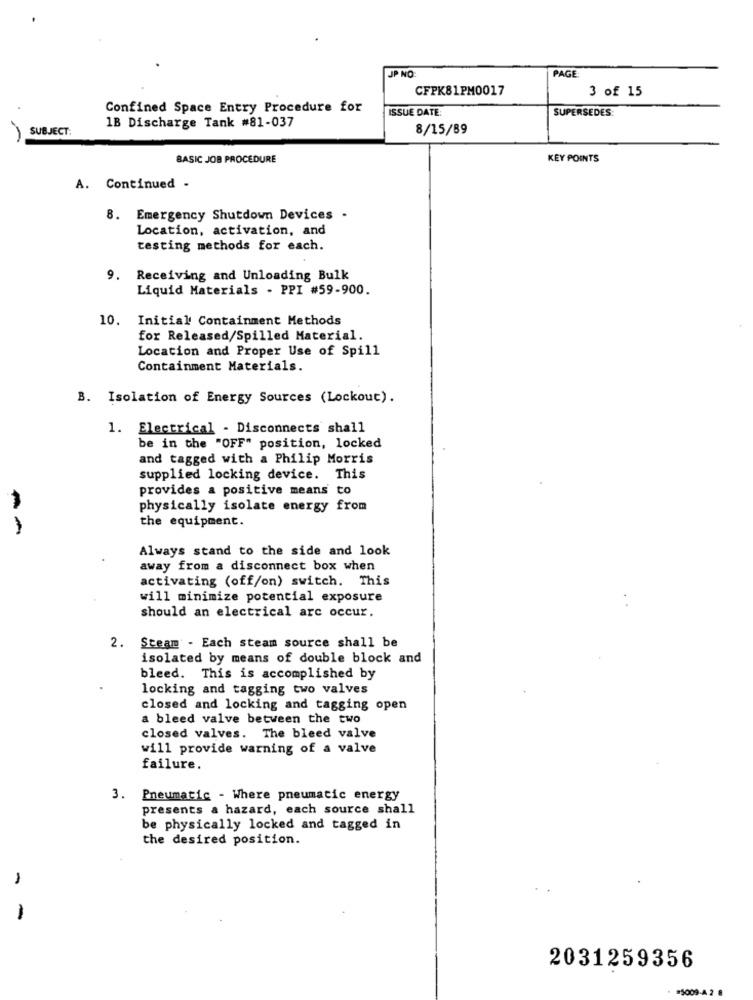
JP NO
PAGE
CFPK81PM0017
3 of 15
Confined Space Entry Procedure for
ISSUE DATE:
SUPERSEDES:
1B Discharge Tank #81-037
SUBJECT:
8/15/89
BASIC JOB PROCEDURE
KEY POINTS
A. Continued -
8. Emergency Shutdown Devices -
Location, activation, and
testing methods for each.
Receiving and Unloading Bulk
Liquid Materials - PPI #59-900.
10. Initial Containment Methods
for Released/Spilled Material.
Location and Proper Use of Spill
Containment Materials.
B. Isolation of Energy Sources (Lockout).
1. Electrical - Disconnects shall
be in the "OFF" position, locked
and tagged with a Philip Morris
supplied locking device. This
provides a positive means t
physically isolate energy from
--
the equipment.
Always stand to the side and look
away from a disconnect box when
activating (off/on) switch. This
will minimize potential exposure
should an electrical arc occur.
2. Steam - Each steam source shall be
isolated by means of double block and
bleed. This is accomplished by
locking and tagging two valves
closed and locking and tagging open
a bleed valve between the two
closed valves. The bleed valve
will provide warning of a valve
failure.
3. Pneumatic - Where pneumatic energy
presents a hazard, each source shall
be physically locked and tagged in
the desired position.
-
2031259356
#5009-42